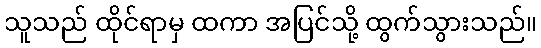
သူသည် ထိုင်ရာမှ ထကာ အပြင်သို့ ထွက်သွားသည်။